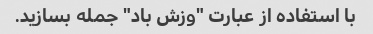
با استفاده از عبارت "وزش باد" جمله بسازید.